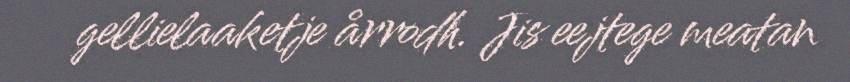
gellielaaketje årrodh. Jis eejtege meatan